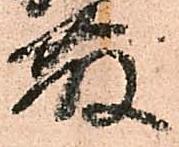
藤